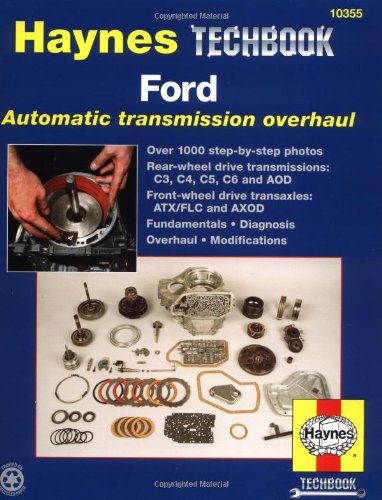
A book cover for Ford Automatic Transmission Overhaul; John Haynes; Engineering & Transportation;